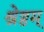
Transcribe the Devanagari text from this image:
श्रेष्ठम्